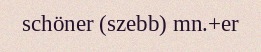
schöner (szebb) mn.+er